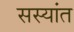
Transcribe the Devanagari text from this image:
सस्यांत